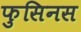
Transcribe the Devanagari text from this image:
फुसिनस